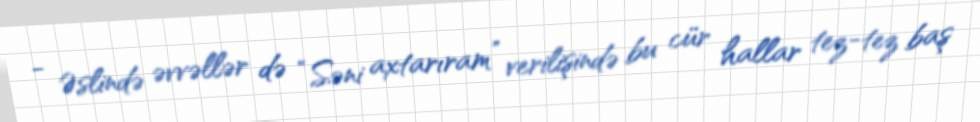
- Əslində əvvəllər də “Səni axtarıram” verilişində bu cür hallar tez-tez baş